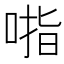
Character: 𰈃